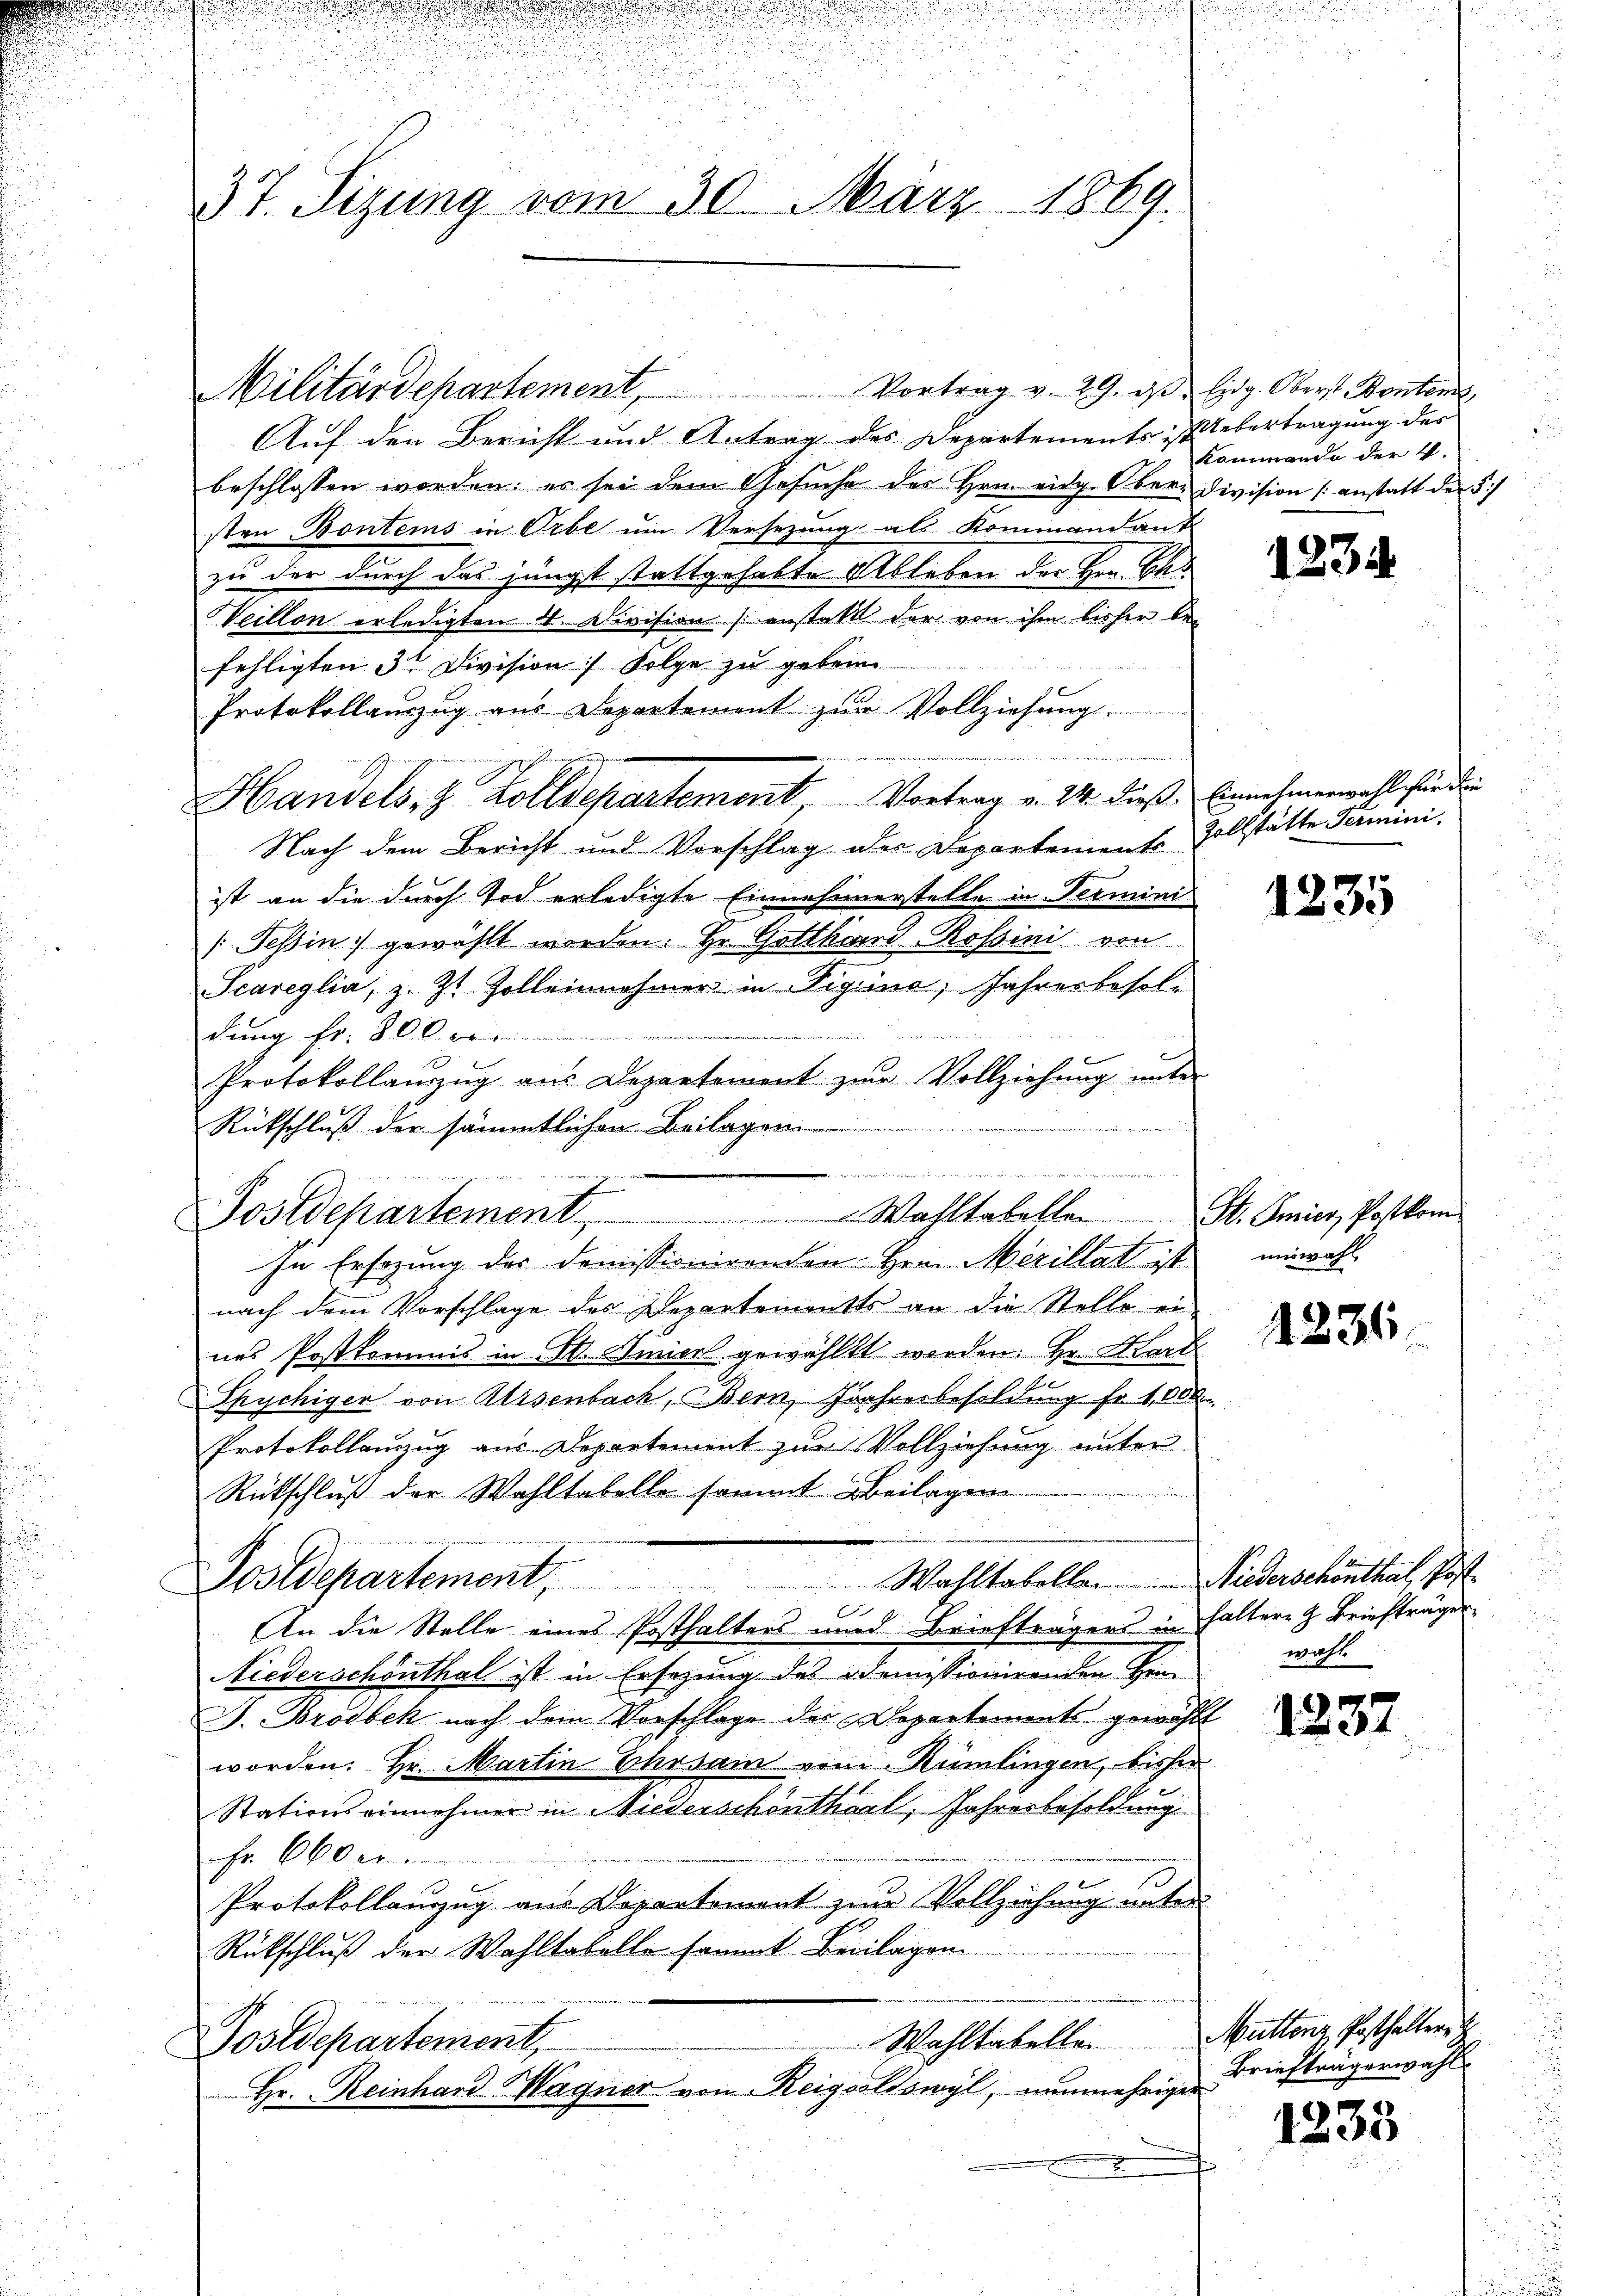
2

d
u
u
37. Sizung vom 30. März 1869.

Militärdepartement. Vortrag v. 29. dβ Eidg. Oberst Bontens,
Auf den Bericht und Antrag des Departements-Uebertragung der
beschlossen worden; es sei dem Gesŭche der Hrn. eidg. Ober- Division anstatt der §
sten Bontems in Orbe um Versezung als Kommandant
zu der durch das jüngst stattgehabte Ableben der Hrn. Bes
Heillon erledigten 4. Division (anstatt der von ihm bisher befehligten 3te Division) Folge zu geben.
Protokollauszug aus Departement zur Vollziehung.

gehen.
Handels- & Zolldepartemont, Vortrag v. 24. dieß. Einnahmen wohl finden
Nach dem Bericht und Vorschlag der Departements Zollstätte Permini
ist an die durch Tod erledigte Einnehmerstelle in Termini
Tessin gewählt worden. Hr. Gotthard Rossini von
Scareglia, z. Zt. Zolleinehmer in Vigina, Jahresbesoldung fr. 800. ver
Protokollanzug aus Departement zur Vollziehung unter
,
Rükschluß der sämmtlichen Beilagen
In Ersezung der Domissionirenden Hrn. Merillat ist
nach dem Vorschlage des Departements an die Stelle ei-
nes Postkommis in St. Jinien gewählt werden. Hr. Kart
Spychiger von Alisenbach, Bern, Jahresbesoldung fr 1,000
Protokollauszug aus Departement zur Vollziehung unter
Rückschluß der Wahltabelle sommt Beilagen
Wahltabolle. Niederschönthal, Post
Postdepartement,
x
An die Stelle eines Posthalters und Briefträgers in haltere z. Briefträger
Niederschönthal ist in Ersezung des ademissionirenden Hein-
J. Brodbek nach dem Vorschlage der Departements gewählt
worden. Hr. Martin Ehrsam vom Humlingen, bisher
Stationseinnehmer in Miederschönthal, Jahresbesoldung
Fr 600 e
Protokollanzug aus Departement zum Vollziehung unter
Rütschluß der Wahltabelle sammt Beilagen
Wahltabelle.
Postdepartement,
Hr. Reinhard Wagner von Reigsolsswyl, nunmehriger

i

Postdepartement Wahltabelle St. Amier Postkom

kommende der 4.

1234

1235

miswahl

4236

wahl

1337

Muttenz Posthaltern
Briefträgerwahl

1235